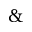
\&